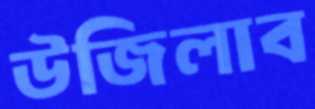
উজিলাব